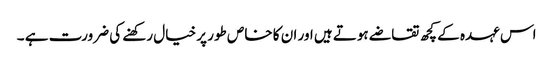
اس عہدہ کے کچھ تقاضے ہوتے ہیں اور ان کا خاص طور پر خیال رکھنے کی ضرورت ہے ۔